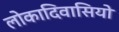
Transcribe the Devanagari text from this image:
लोकादिवासियो